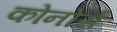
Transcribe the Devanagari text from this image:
कोनोर्स